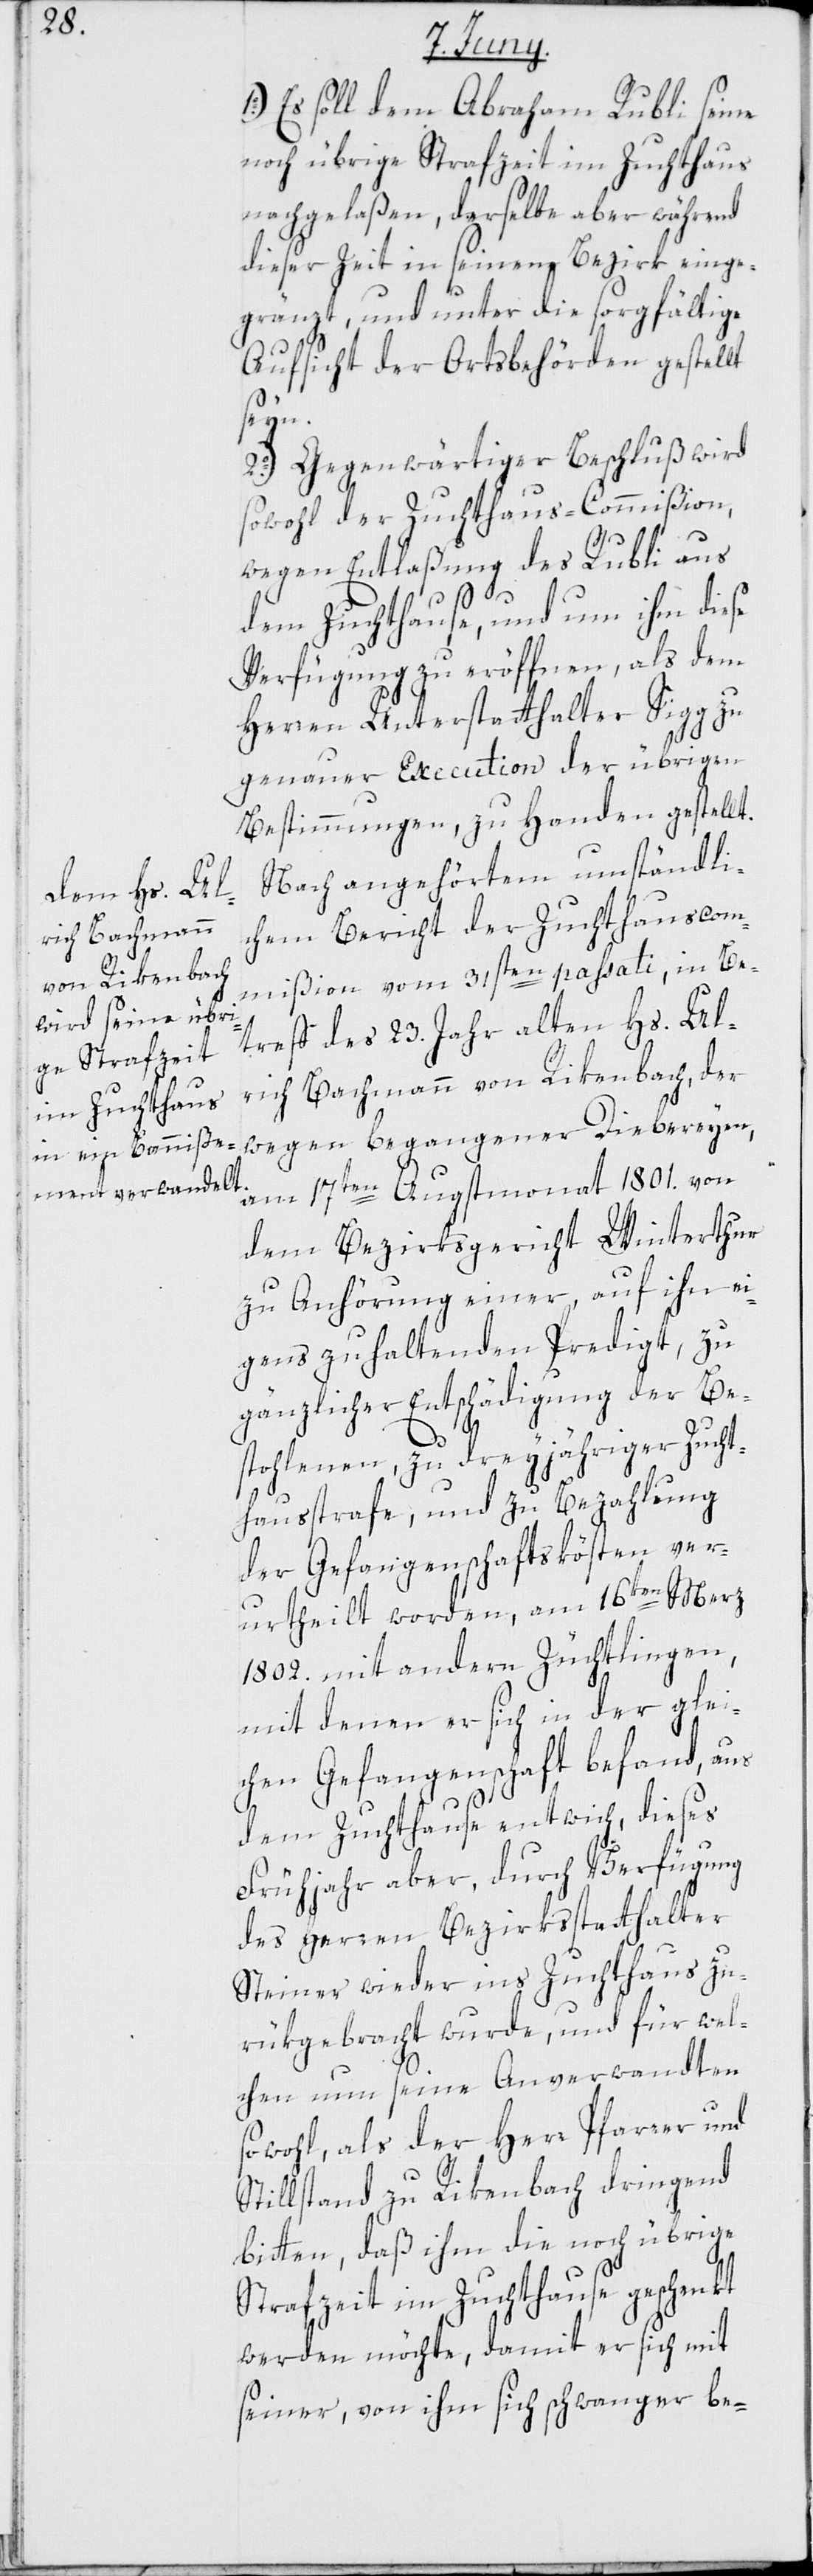
Es soll dem Abraham Rubli seine
noch übrige Strafzeit im Zuchthaus
nachgelaßen, derselbe aber während
dieser Zeit in seinem Bezirk einge¬
gränzt und unter die sorgfältige
Aufsicht der Ortsbehörde gestellt
seyn.
2o.) Gegenwärtiger Beschluß wird
sowohl der Zuchthaus-Commißion,
wegen Entlaßung des Rubli aus
dem Zuchthause, und um ihm diese
Verfügung zu eröffnen, als dem
Herren Unterstatthalter Sigg zu
genauer Execution der übrigen
Bestimmungen, zu Handen gestellt.
Nach angehörtem umständli¬
chem Bericht der Zuchthauscom¬
mißion vom 31sten passati, in Be¬
treff des 23. Jahr alten Hs. Ul¬
rich Bachmann von Rikenbach, der
wegen begangener Diebereyen
am 17ten Augstmonat 1801. von
dem Bezirksgericht Winterthur
zu Anhörung einer, auf ihn ei¬
gens zu haltenden Predigt, zu
gänzlicher Entschädigung der Be¬
stohlenen, zu dreyjähriger Zucht¬
hausstrafe und zu Bezahlung
der Gefangenschaftskösten ver¬
urtheilt worden, am 16ten Merz
1802. mit andern Züchtlingen,
mit denen er sich in der glei¬
chen Gefangenschaft befand, aus
dem Zuchthause entwich, dieses
Frühjahr aber, durch Verfügung
des Herren Bezirksstatthalter
Steiner wieder ins Zuchthaus zu¬
rükgebracht wurde, und für wel¬
chen nun seine Anverwandten
sowohl, als der Herr Pfarrer und
Stillstand zu Rikenbach dringend
bitten, daß ihm die noch übrige
Strafzeit im Zuchthause geschenkt
werden möchte, damit er sich mit
seiner, von ihm sich schwanger be-